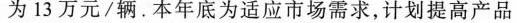
为13万元/辆。本年底为适应市场需求，计划提高产品